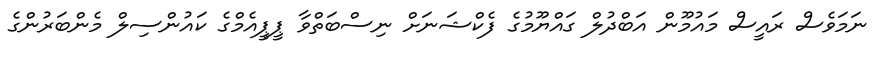
ނަމަވެސް ރައީސް މައުމޫން އަބްދުލް ގައްޔޫމުގެ ފެކްޝަނަށް ނިސްބަތްވާ ޕީޕީއެމްގެ ކައުންސިލް މެންބަރުންގެ